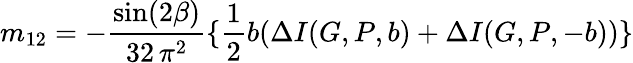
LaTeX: m_{12}=-\frac{\sin(2\beta)}{32\, \pi^{2}}\{ \frac{1}{2}b(\Delta I(G,P,b)+\Delta I(G,P,-b))\}